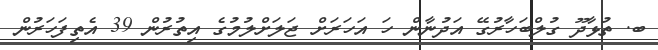
ބ. ތުޅާދޫ ގުލްބަހާރުގޭ އަދުނާން ހަ އަހަރަށް ޖަލަށްލުމުގެ އިތުރުން 39 އެތިފަހަރުން